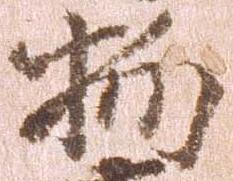
物